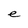
Character: e